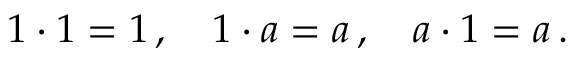
\textstyle 1 \cdot 1 = 1 \, , \quad 1 \cdot a = a \, , \quad a \cdot 1 = a \, .